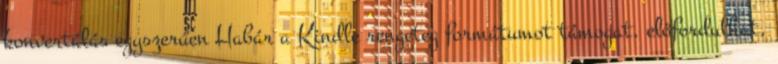
konvertálás egyszerűen Habár a Kindle rengeteg formátumot támogat, előfordulhat,